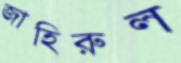
জাহিরুল